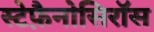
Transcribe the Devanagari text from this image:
स्टेफ़ैनोसिरॉस